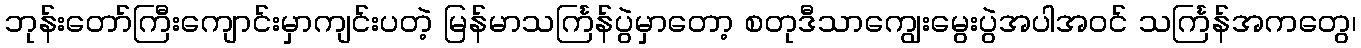
ဘုန်းတော်ကြီးကျောင်းမှာကျင်းပတဲ့ မြန်မာသင်္ကြန်ပွဲမှာတော့ စတုဒီသာကျွေးမွေးပွဲအပါအဝင် သင်္ကြန်အကတွေ၊